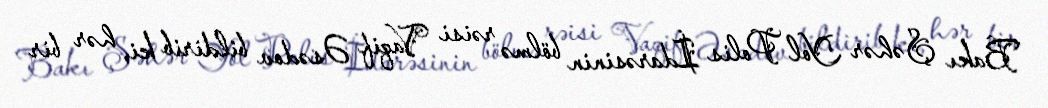
Bakı Şəhər Yol Polis İdarəsinin bölmə rəisi Vaqif Əsədov bildirib ki, hər bir